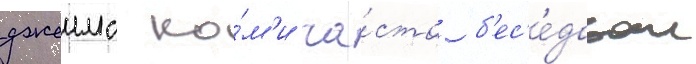
джеимс ко́м'и ча́сто б'ес'е́довал